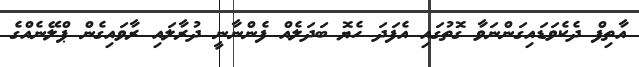
އާތިފް ދެކެވަޑައިގަންނަވާ ގޮތުގައި އެފަދަ ހެޔޮ ބަދަލެއް ފެންނާނީ ދުރާލައި ރާވައިގެން ޕްލޭނެއްގެ